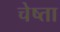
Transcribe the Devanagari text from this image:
चेष्ता